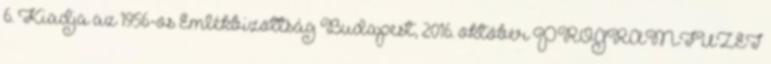
6. Kiadja az 1956-os Emlékbizottság Budapest, 2016. október PROGRAMFÜZET